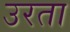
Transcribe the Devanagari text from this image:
उरता